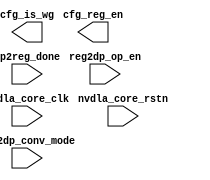
module NV_NVDLA_CMAC_CORE_cfg (
   nvdla_core_clk
  ,nvdla_core_rstn
  ,dp2reg_done
  ,reg2dp_conv_mode
  ,reg2dp_op_en
  ,cfg_is_wg
  ,cfg_reg_en
  );

input        nvdla_core_clk;
input        nvdla_core_rstn;
input        dp2reg_done;
input        reg2dp_conv_mode;
input        reg2dp_op_en;
output       cfg_is_wg;
output       cfg_reg_en;
wire          cfg_is_wg_w;
wire          cfg_reg_en_w;


//: &eperl::flop(" -q  op_en_d1  -d \"reg2dp_op_en\" -clk nvdla_core_clk -rst nvdla_core_rstn "); 
//: &eperl::flop(" -q  op_done_d1  -d \"dp2reg_done\" -clk nvdla_core_clk -rst nvdla_core_rstn "); 
//: &eperl::flop(" -q  cfg_reg_en  -d \"cfg_reg_en_w\" -clk nvdla_core_clk -rst nvdla_core_rstn "); 
//: &eperl::flop(" -q  cfg_is_wg  -d \"cfg_is_wg_w\" -clk nvdla_core_clk -rst nvdla_core_rstn "); 
//: &eperl::flop(" -q  cfg_reg_en_d1  -d \"cfg_reg_en\" -clk nvdla_core_clk -rst nvdla_core_rstn "); 

assign    cfg_reg_en_w = (~op_en_d1 | op_done_d1) & reg2dp_op_en;
assign    cfg_is_wg_w = 1'b0;

endmodule